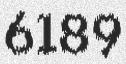
6189